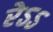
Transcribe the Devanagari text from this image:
रेऽऽ